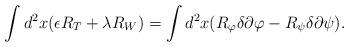
LaTeX: \begin{align*}\int d^2x(\epsilon R_T+\lambda R_W)=\int d^2x(R_\varphi\delta\partial\varphi-R_\psi\delta\partial\psi).\end{align*}